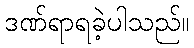
ဒဏ်ရာရခဲ့ပါသည်။